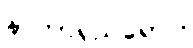
နာတာရှည်ရောဂါ